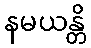
နမယန္တိ